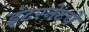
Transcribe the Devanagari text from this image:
इंटरनेटचे